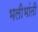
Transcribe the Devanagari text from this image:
भलीभांती